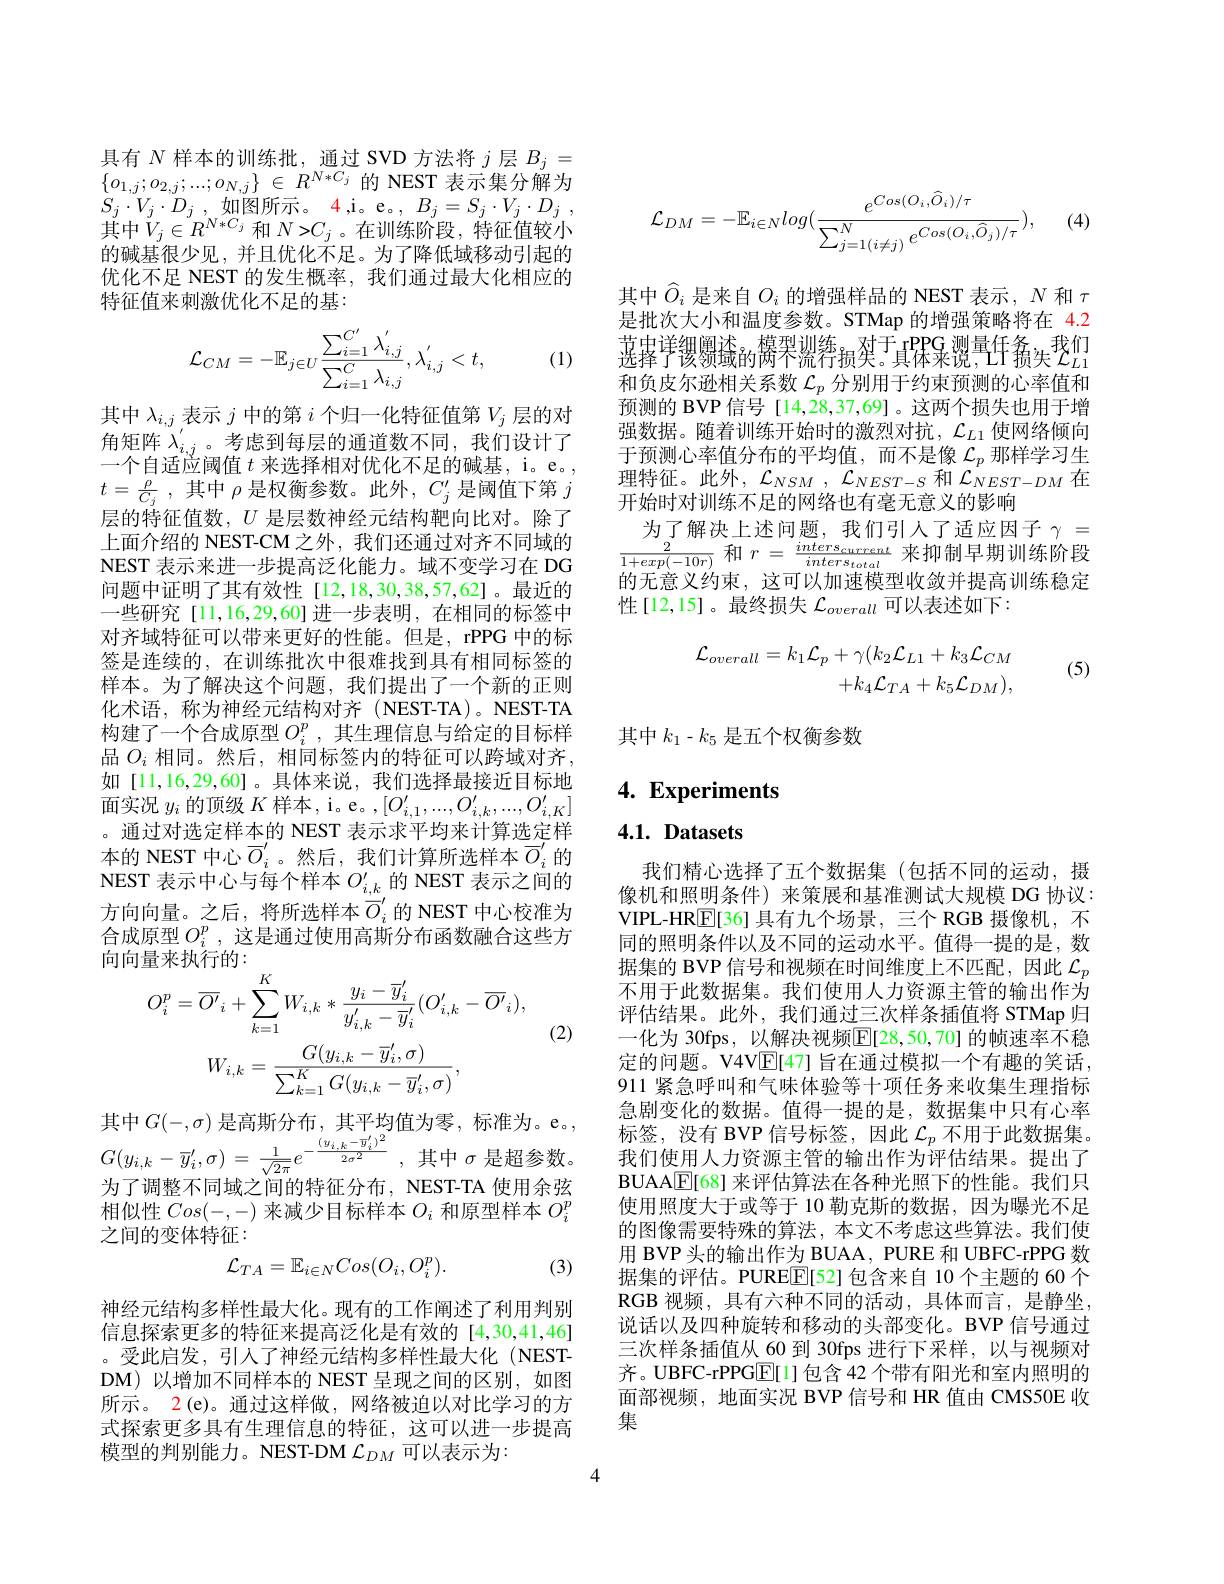
具有$N$样本的训练批，通过 SVD 方法将$j$层$B_j=$ $\{ o_{1, j}; o_{2, j}; . . . ; o_{N, j}\}$ $\in$ $R^{N* C_{j}}$的 NEST 表示集分解为$S_{j}\cdot V_{j}\cdot D_{j}$ , 如 图 所 示 。4,i。e。, $B_j= S_{j}\cdot V_{j}\cdot D_{j}$ , 其中$V_j\in R^{N*C_{j}}$ 和 $N{>}C_{j}$。在训练阶段，特征值较小的碱基很少见，并且优化不足。为了降低域移动引起的优化不足 NEST 的发生概率，我们通过最大化相应的特征值来刺激优化不足的基：
$$\mathcal{L}_{CM}=-\mathbb{E}_{j\in U}\frac{\sum_{i=1}^{C'}\lambda_{i,j}^{''}}{\sum_{i=1}^{C}\lambda_{i,j}},\lambda_{i,j}^{''}<t,$$
(1)

其中$\lambda_{i,j}$表示$j$中的第$i$个归一化特征值第$V_j$层的对角矩阵$\lambda_{i,j}^{\prime}$。考虑到每层的通道数不同，我们设计了一个自适应阈值$t$来选择相对优化不足的碱基，i。e。, $t= \frac \rho {C_j}$ ,其中$\rho$是权衡参数。此外$,C_j^\prime$是阈值下第$j$ 层的特征值数，$U$是层数神经元结构靶向比对。除了上面介绍的 NEST-CM 之外，我们还通过对齐不同域的NEST 表示来进一步提高泛化能力。域不变学习在 DG 问题中证明了其有效性[12,18,30,38,57,62]。最近的一些研究[11,16,29,60]进一步表明，在相同的标签中对齐域特征可以带来更好的性能。但是，rPPG 中的标签是连续的，在训练批次中很难找到具有相同标签的样本。为了解决这个问题，我们提出了一个新的正则化术语，称为神经元结构对齐(NEST-TA)。NEST-TA 构建了一个合成原型$O_i^p$,其生理信息与给定的目标样品 $O_i$ 相同。然后，相同标签内的特征可以跨域对齐， 如[11,16,29,60]。具体来说，我们选择最接近目标地面实况$y_i$的顶级$K$样本，i。e。$,[O_i,1^{\prime},...,O_{i,k}^{\prime},...,O_{i,K}^{\prime}]$ 。通过对选定样本的 NEST 表示求平均来计算选定样本的 NEST 中心 $\overline{O}_i^{\prime}$。然后，我们计算所选样本$\overline{O}_i^{\prime}$ 的NEST 表示中心与每个样本$O_{i,k}^{\prime}$的 NEST 表示之间的方向向量。之后，将所选样本$\overrightarrow{O}_i^{\prime}$的 NEST 中心校准为合成原型$O_i^p,\dot{\text{这是通过使用高斯分布函数融合这些方}}$ 向向量来执行的：
$$\begin{aligned}&\text{一}\\&O_{i}^{p}=\overline{O'}_{i}+\sum_{k=1}^{K}W_{i,k}*\frac{y_{i}-\overline{y}_{i}^{\prime}}{y_{i,k}^{\prime}-\overline{y}_{i}^{\prime}}(O_{i,k}^{\prime}-\overline{O'}_{i}),\end{aligned}$$
(2)
$$W_{i,k}=\frac{G(y_{i,k}-\overline{y}_{i}^{\prime},\sigma)}{\sum_{k=1}^{K}G(y_{i,k}-\overline{y}_{i}^{\prime},\sigma)},$$
$G( y_{i, k}- \overline {y}_{i}^{\prime }, \sigma )$ = $\frac 1{\sqrt {2\pi }}e^{- \frac {( y_{i, k}- \overline {y}_{i}^{\prime }) ^{2}}{2\sigma ^{2}}}$ , 其中$\sigma$是超参数。

其中$G(-,\sigma)$ 是高斯分布，其平均值为零，标准为。e。, 为了调整不同域之间的特征分布，NEST-TA 使用余弦相似性$Cos(-,-)$来减少目标样本$O_i$和原型样本$O_i^p$ 之间的变体特征：
$$\mathcal{L}_{TA}=\mathbb{E}_{i\in N}Cos(O_{i},O_{i}^{p}).$$
(3)

神经元结构多样性最大化。现有的工作阐述了利用判别信息探索更多的特征来提高泛化是有效的[4,30,41,46] 。受此启发，引入了神经元结构多样性最大化 (NESTDM)以增加不同样本的 NEST 呈现之间的区别，如图所示。2(e)。通过这样做，网络被迫以对比学习的方式探索更多具有生理信息的特征，这可以进一步提高模型的判别能力。NEST-DM $\mathcal{L}_{DM}$可以表示为：

(4)
$$\mathcal{L}_{DM}=-\mathbb{E}_{i\in N}log(\frac{e^{Cos(O_i,\widehat{O}_i)/\tau}}{\sum_{j=1(i\neq j)}^{N}e^{Cos(O_i,\widehat{O}_j)/\tau}}),$$
其中$\hat{O}_i$是来自$O_i$的增强样品的 NEST 表示，$N$和$\tau$ 是批次大小和温度参数。STMap 的增强策略将在 4.2 $\text{ 莲择 学锣১্ছিঌ的}^{\text{ 塔罗尔}}$ 和负皮尔逊相关系数$\mathcal{L}_p$分别用于约束预测的心率值和预测的 BVP 信号 [14,28,37,69]。这两个损失也用于增强数据。随着训练开始时的激烈对抗，$\mathcal{L}_L1$使网络倾向于预测心率值分布的平均值，而不是像$\mathcal{L}_p$那样学习生理特征。此外，$\mathcal{L}_NSM,\mathcal{L}_{NEST-S}$和$\mathcal{L}_{NEST-DM}$在开始时对训练不足的网络也有毫无意义的影响
为了解决上述问题，我们引人了适应因子$\gamma=$ $\frac{2}{1+exp(-10r)}$和$r=\frac inters_{current}{inters_{total}}$来抑制早期训练阶段的工产业的丰、广马山地建筑型业务并担言训练修户的无意义约束，这可以加速模型收敛并提高训练稳定性[12,15]。最终损失$\mathcal{L}_overall$可以表述如下：
$$\begin{aligned}\mathcal{L}_{overall}=k_{1}\mathcal{L}_{p}+\gamma(k_{2}\mathcal{L}_{L1}+k_{3}\mathcal{L}_{CM}\\+k_{4}\mathcal{L}_{TA}+k_{5}\mathcal{L}_{DM}),\end{aligned}$$
(5)

其中$k_1-k_5$是五个权衡参数

## 4. Experiments

## 4.1. Datasets

我们精心选择了五个数据集(包括不同的运动，摄像机和照明条件)来策展和基准测试大规模 DG 协议： VIPL-HR$\underline{\mathbb{E}}[36]$具有九个场景，三个 RGB 摄像机，不同的照明条件以及不同的运动水平。值得一提的是，数据集的 BVP 信号和视频在时间维度上不匹配，因此$\mathcal{L}_p$ 不用于此数据集。我们使用人力资源主管的输出作为评估结果。此外，我们通过三次样条插值将 STMap 归一化为30fps.以解决视频$|\mathbf{F}|28.50.70]$的帧谏率不稳定的问题。V4V$\underline{\mathrm{E}}[47]$旨在通过模拟一个有趣的笑话， 911 紧急呼叫和气味体验等十项任务来收集生理指标急剧变化的数据。值得一提的是，数据集中只有心率标签，没有 BVP 信号标签，因此$\mathcal{L}_p$不用于此数据集。我们使用人力资源主管的输出作为评估结果。提出了BUAA$\boxed{\mathbb{E}}[68]$来评估算法在各种光照下的性能。我们只使用照度大于或等于 10 勒克斯的数据，因为曝光不足的图像需要特殊的算法，本文不考虑这些算法。我们使用 BVP 头的输出作为 BUAA, PURE 和 UBFC-rPPG 数据集的评估。PUREE[52] 包含来自 10 个主题的 60 个RGB 视频，具有六种不同的活动，具体而言，是静坐， 说话以及四种旋转和移动的头部变化。BVP 信号通过三次样条插值从 60 到 30fps 进行下采样，以与视频对齐。UBFC-rPPGE[1]包含 42 个带有阳光和室内照明的面部视频，地面实况 BVP 信号和 HR 值由 CMS50E 收集

4